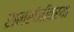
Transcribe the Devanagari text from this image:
रामसंजीवरया